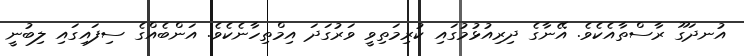
އުނދަގޫ ރާސްތާއެކެވެ. އޭނާގެ ދިރިއުޅުމުގައި ކުރިމަތިވީ ވަރުގަދަ އިމްތިހާނެކެވެ. އަންބެއްގެ ސިފައިގައި ލިބުނީ